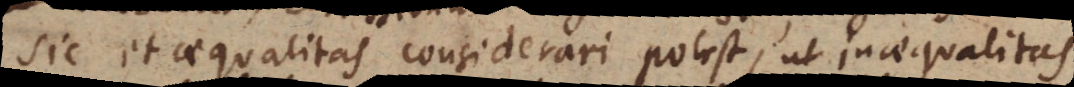
Sic et aequalitas considerari potest, ut inaequalitas